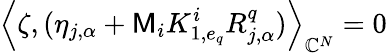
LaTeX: \left\langle\zeta,(\eta_{j,\alpha}+\mathsf{M}_{i}K_{1,e_{q}}^{i}R_{j,\alpha}^{q})\right\rangle_{\mathbb{C}^{N}}=0